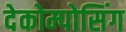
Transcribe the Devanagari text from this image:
देकोम्पोसिंग